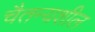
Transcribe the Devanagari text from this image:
चैतन्यशील